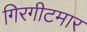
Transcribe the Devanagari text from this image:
गिरगीटमार